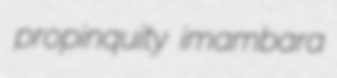
propinquity imambara